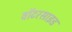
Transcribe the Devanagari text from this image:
वॉटरसाइड